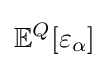
\mathbb {E} ^{Q}[\varepsilon _{\alpha }]